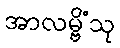
အာလမ္ဗိံသု